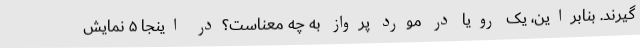
‌گیرند. بنابراین، یک رویا در مورد پرواز به چه معناست؟در اینجا ۵ نمایش